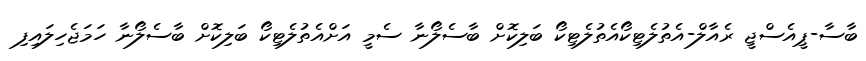
ބާސާ-ޕީއެސްޖީ ރެއާލް-އެތުލެޓިކޯއެތުލެޓިކޯ ބަލިކޮށް ބާސެލޯނާ ސެމީ އަށްއެތުލެޓިކޯ ބަލިކޮށް ބާސެލޯނާ ހަމަޖެހިލައިފި